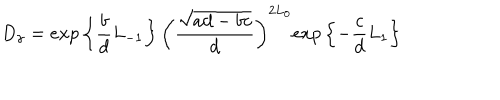
LaTeX: D _ { \gamma } = e x p \left\{ \frac { b } { d } L _ { - 1 } \right\} \left( \frac { \sqrt { a d - b c } } { d } \right) ^ { 2 L _ { 0 } } e x p \left\{ - \frac { c } { d } L _ { 1 } \right\}